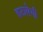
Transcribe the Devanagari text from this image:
हटायेगी